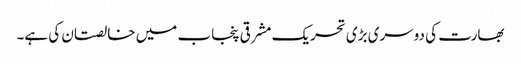
بھارت کی دوسری بڑی تحریک مشرقی پنجاب میں خالصتان کی ہے۔